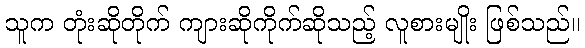
သူက တုံးဆိုတိုက် ကျားဆိုကိုက်ဆိုသည့် လူစားမျိုး ဖြစ်သည်။